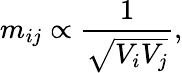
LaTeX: m_{ij}\propto{\frac{1}{\sqrt{V_{i}V_{j}}}},